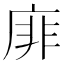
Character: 䨾